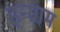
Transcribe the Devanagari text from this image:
इन्ग्राम